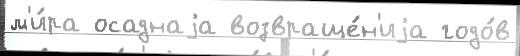
м'и́ра осаднаjа возвраще́н'иjа годо́в